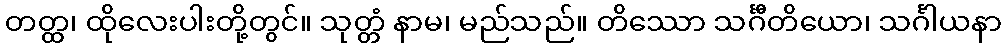
တတ္ထ၊ ထိုလေးပါးတို့တွင်။ သုတ္တံ နာမ၊ မည်သည်။ တိဿော သင်္ဂီတိယော၊ သင်္ဂါယနာ